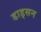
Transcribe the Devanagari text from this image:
डाड्सन